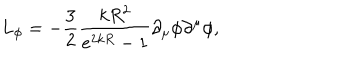
LaTeX: L _ { \phi } = - \frac { 3 } { 2 } \frac { k R ^ { 2 } } { e ^ { 2 k R } - 1 } \partial _ { \mu } \phi \partial ^ { \mu } \phi ,